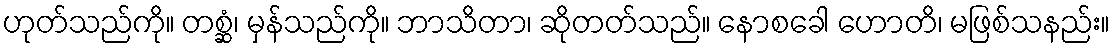
ဟုတ်သည်ကို။ တစ္ဆံ၊ မှန်သည်ကို။ ဘာသိတာ၊ ဆိုတတ်သည်။ နောစခေါ ဟောတိ၊ မဖြစ်သနည်း။